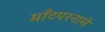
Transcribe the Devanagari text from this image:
माँटपरनासे